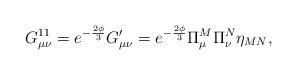
LaTeX: \begin{align*}G^{11}_{\mu\nu}=e^{-\frac{2\phi}{3}}G^{\prime}_{\mu\nu}=e^{-\frac{2\phi}{3}}\Pi^{M}_{\mu}\Pi^{N}_{\nu}\eta_{MN},\end{align*}